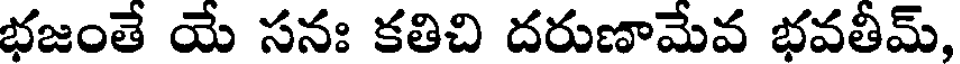
భజంతే యే సనః కతిచి దరుణామేవ భవతీమ్,